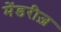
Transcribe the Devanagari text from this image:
मेंडरीज़